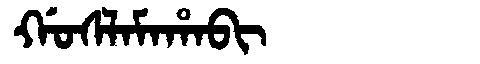
Manchu: ᡤᠣᠰᠯᠠᠮᠠᡥᠠᠪᡳ
Romanization: GOSLAMAHABI